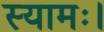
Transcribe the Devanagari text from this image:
स्यामः।